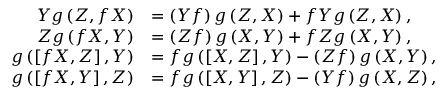
\begin{array} { r l } { Y g \left( Z , f X \right) } & { = \left( Y f \right) g \left( Z , X \right) + f Y g \left( Z , X \right) , } \\ { Z g \left( f X , Y \right) } & { = \left( Z f \right) g \left( X , Y \right) + f Z g \left( X , Y \right) , } \\ { g \left( \left[ f X , Z \right] , Y \right) } & { = f g \left( \left[ X , Z \right] , Y \right) - \left( Z f \right) g \left( X , Y \right) , } \\ { g \left( \left[ f X , Y \right] , Z \right) } & { = f g \left( \left[ X , Y \right] , Z \right) - \left( Y f \right) g \left( X , Z \right) , } \end{array}